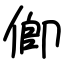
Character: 㑡